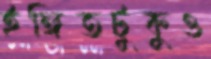
ইঙ্গিতটুকুও